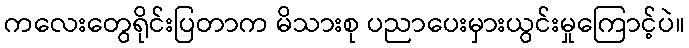
ကလေးတွေရိုင်းပြတာက မိသားစု ပညာပေးမှားယွင်းမှုကြောင့်ပဲ။